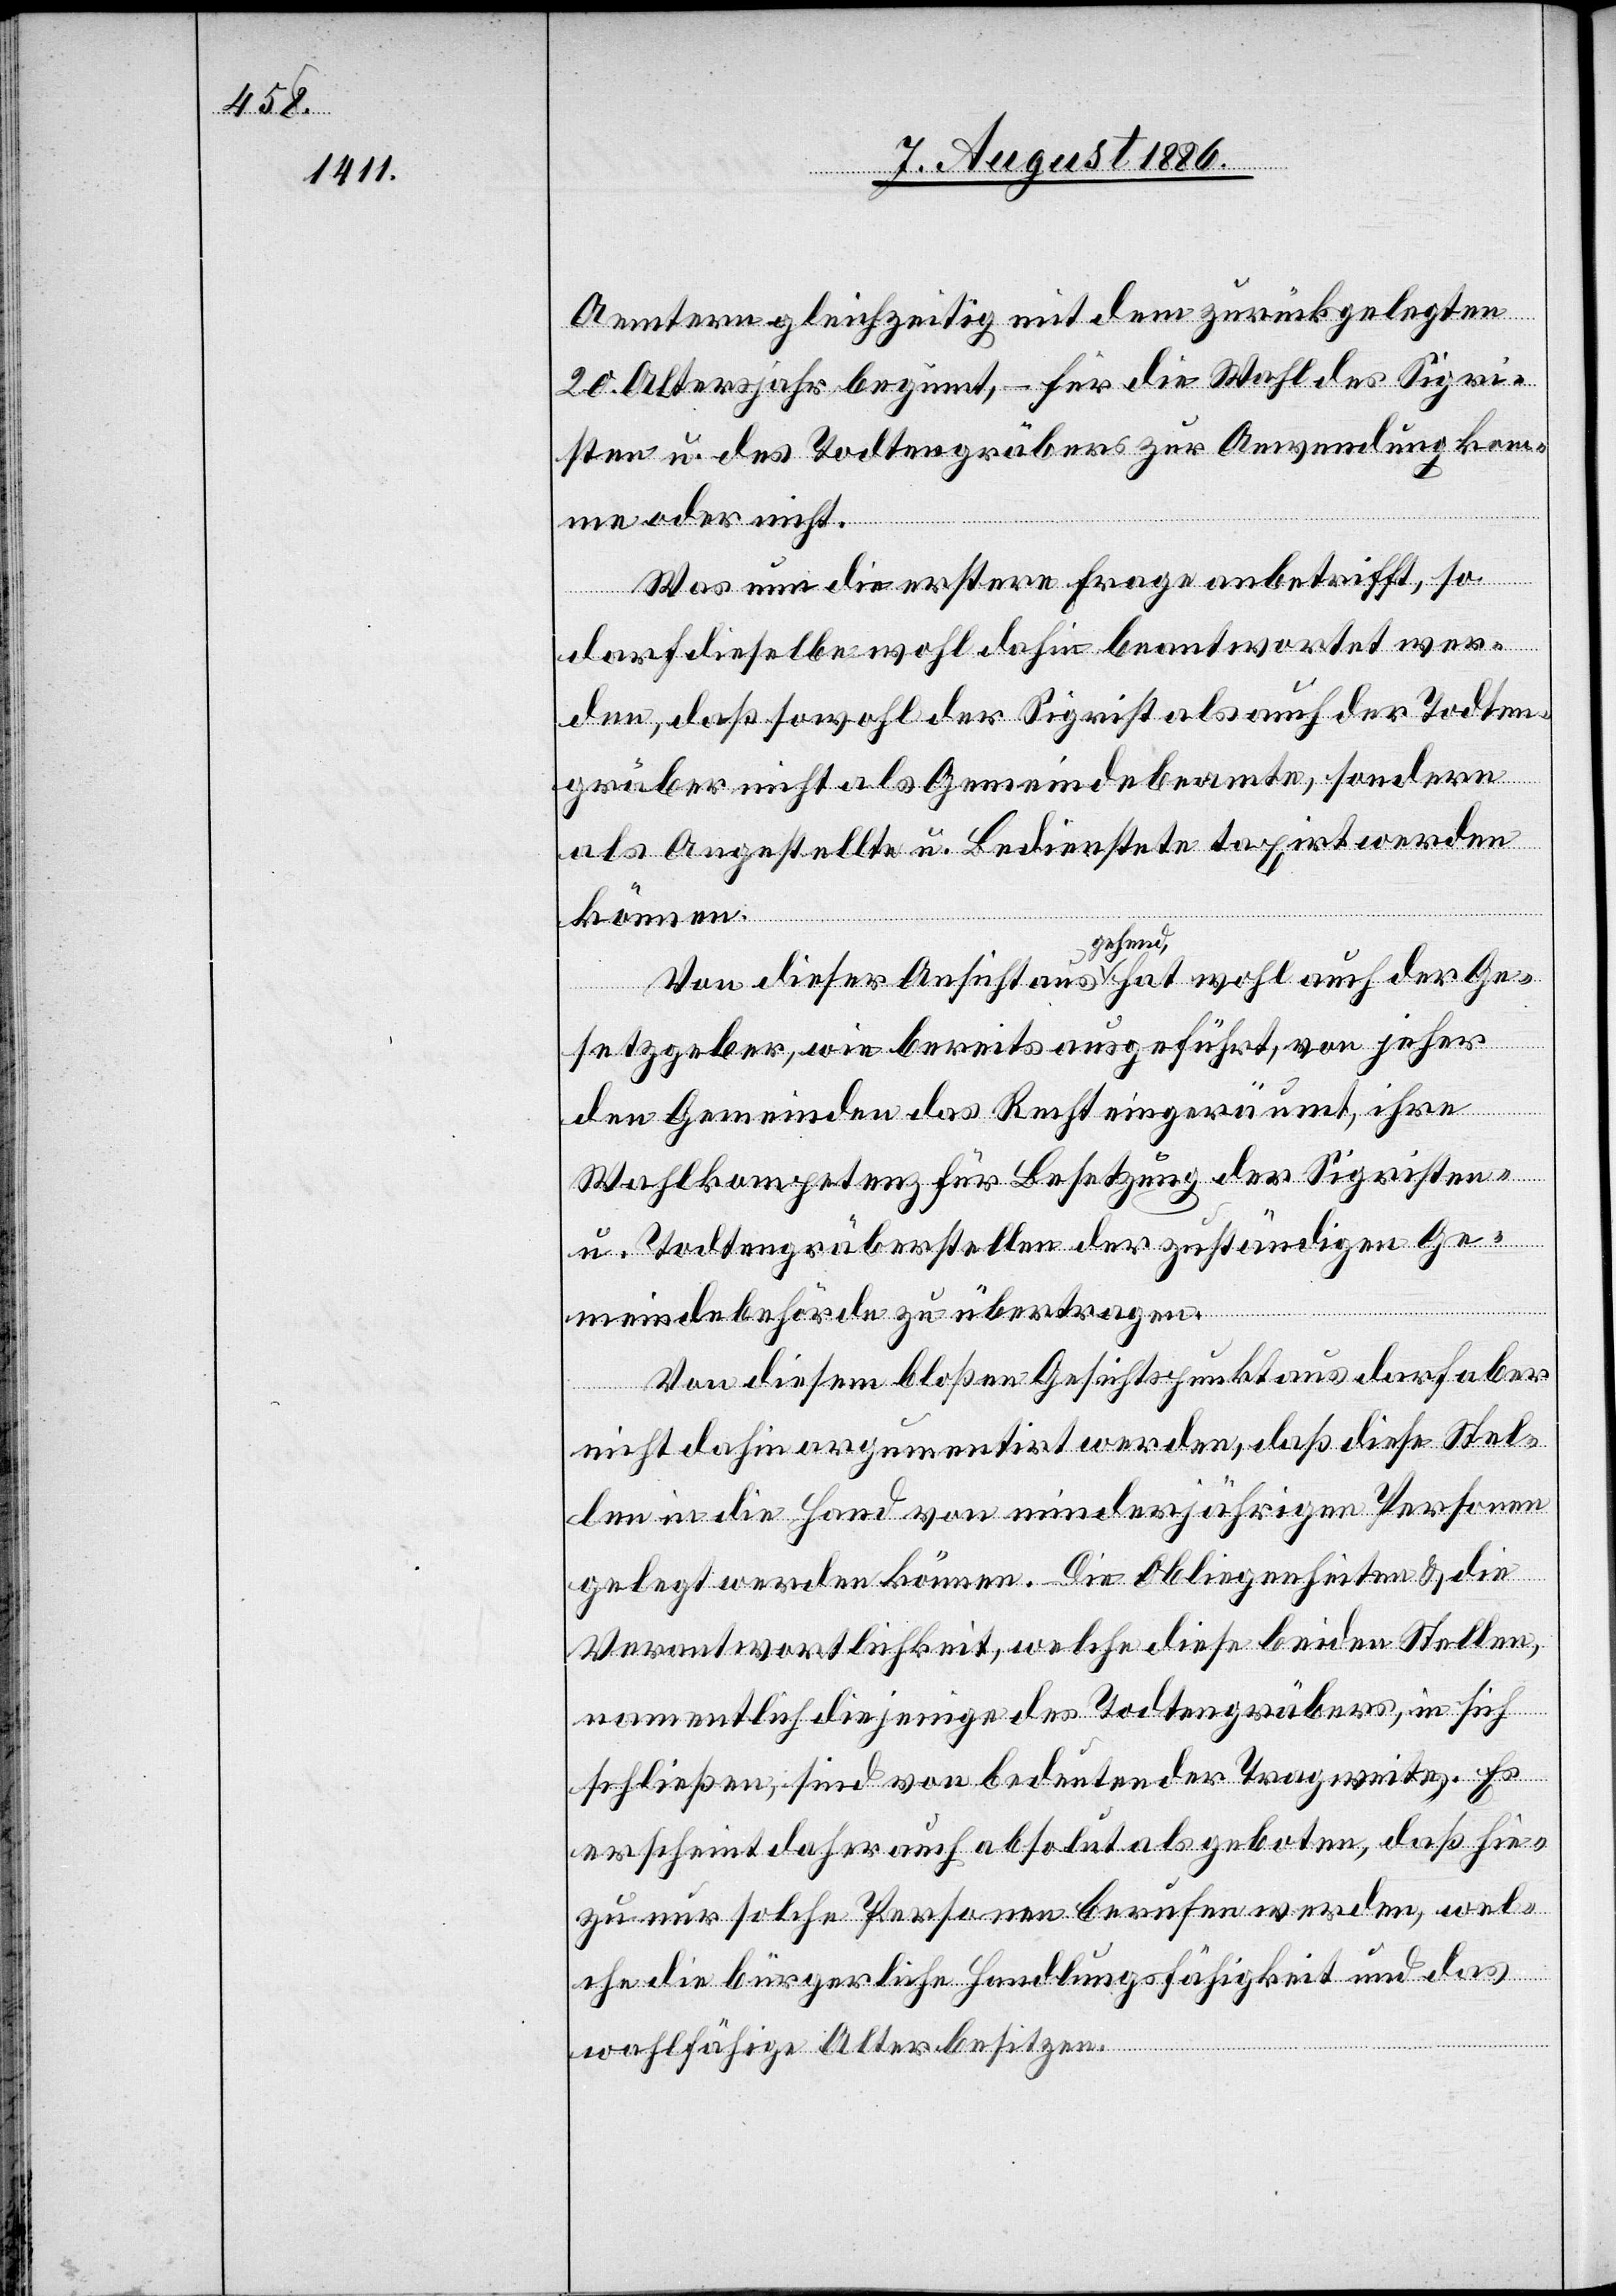
Aemtern gleichzeitig mit dem zurückgelegten
20. Altersjahr beginnt, – für die Wahl des Sigri¬
sten u. des Todtengräbers zur Anwendung kom¬
me oder nicht.
Was nun die erstere Frage anbetrifft, so
darf dieselbe wohl dahin beantwortet wer¬
den, daß sowohl der Sigrist als auch der Todten¬
gräber nicht als Gemeindebeamte, sondern
als Angestellte u. Bedienstete taxirt werden
können.
Von dieser Ansicht ausgehend, hat wohl auch der Ge¬
setzgeber, wie bereits ausgeführt, von jeher
den Gemeinden das Recht eingeräumt, ihre
Wahlkompetenz für Besetzung der Sigristen-
u. Todtengräberstellen der zuständigen Ge¬
meindebehörde zu übertragen.
Von diesem bloßen Gesichtspunkt aus darf aber
nicht dahin argumentirt werden, daß diese Stel¬
len in die Hand von minderjährigen Personen
gelegt werden können. Die Obliegenheiten & die
Verantwortlichkeit, welche diese beiden Stellen,
namentlich diejenige des Todtengräbers, in sich
schließen, sind von bedeutender Tragweite, Es
erscheint daher auch absolut als geboten, daß hie¬
zu nur solche Personen berufen werden, wel¬
che die bürgerliche Handlungsfähigkeit und das
wahlfähige Alter besitzen.